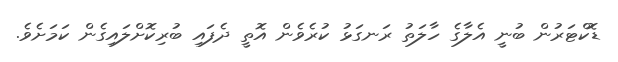
ޑޮކްޓަރުން ބުނީ އެލާގެ ހާލަތު ރަނގަޅު ކުރެވެން އޮތީ ދެފައި ބުރިކޮށްލައިގެން ކަމަށެވެ.